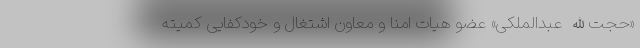
«حجت‌الله عبدالملکی» عضو هیات امنا و معاون اشتغال و خودکفایی کمیته